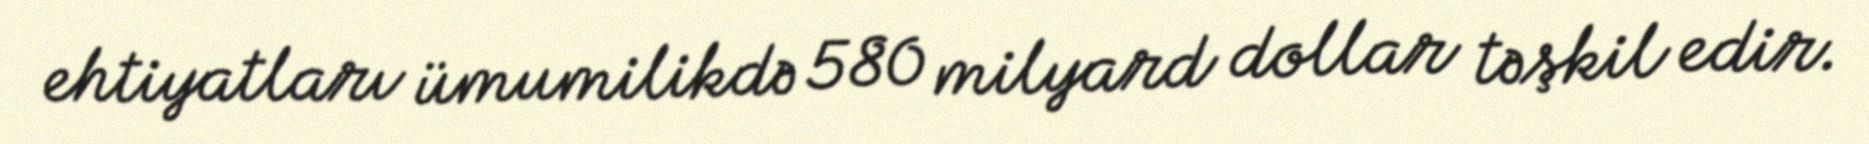
ehtiyatları ümumilikdə 580 milyard dollar təşkil edir.